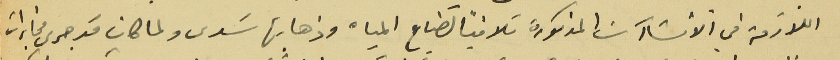
اللازمة في الانشاآت المذكورة تلافياً لضياع المياه وذهابها سَدى ولما كان قد جرى مخابرات